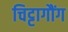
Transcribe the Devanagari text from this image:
चिट्टागौंग